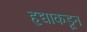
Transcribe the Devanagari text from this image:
हृद्याकडून